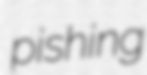
pishing